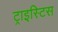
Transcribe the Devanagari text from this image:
ट्राइस्टिस